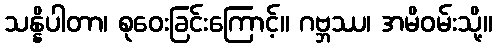
သန္နိပါတာ၊ စုဝေးခြင်းကြောင့်။ ဂဗ္ဘဿ၊ အမိဝမ်းသို့။